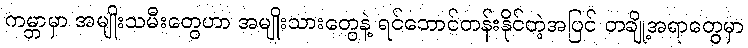
ကမ္ဘာမှာ အမျိုးသမီးတွေဟာ အမျိုးသားတွေနဲ့ ရင်ဘောင်တန်းနိုင်တဲ့အပြင် တချို့အရာတွေမှာ